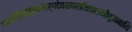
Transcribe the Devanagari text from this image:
गणपतिमातृकामार्गदेवतापराजिताशमीपूजनानि